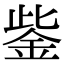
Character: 鈭